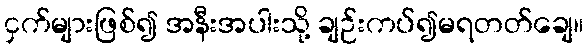
ငှက်များဖြစ်၍ အနီးအပါးသို့ ချဉ်းကပ်၍မရတတ်ချေ။